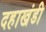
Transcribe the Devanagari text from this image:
दहाखंडी